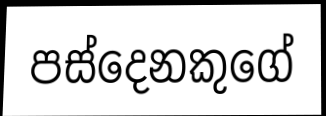
පස්දෙනකුගේ